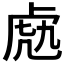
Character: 𧆬